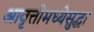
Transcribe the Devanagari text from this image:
आवृत्तीमध्येसुद्धा